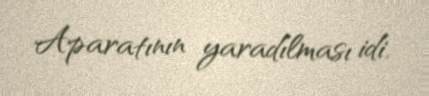
Aparatının yaradılması idi.